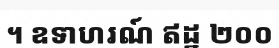
។ ឧទាហរណ៍ ឥដ្ឋ ២០០